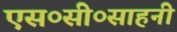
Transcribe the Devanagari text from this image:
एस०सी०साहनी